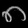
Digit: ၈